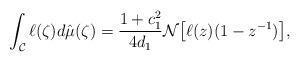
LaTeX: \begin{align*} \int_\mathcal{C} \ell(\zeta)d \hat{\mu}(\zeta) = \frac{1+c_1^2}{4d_1} \mathcal{N}\big[\ell(z)(1-z^{-1})\big] ,\end{align*}